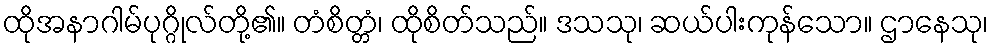
ထိုအနာဂါမ်ပုဂ္ဂိုလ်တို့၏။ တံစိတ္တံ၊ ထိုစိတ်သည်။ ဒသသု၊ ဆယ်ပါးကုန်သော။ ဌာနေသု၊